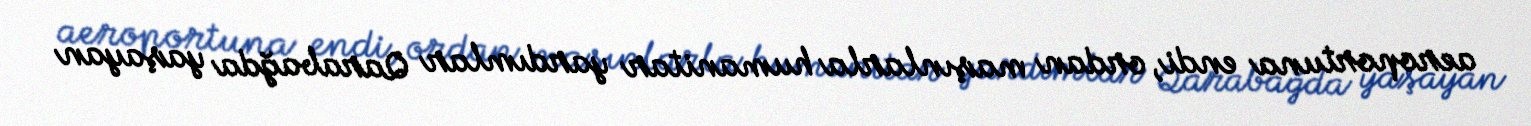
aeroportuna endi, ordan maşınlarla humanitar yardımlar Qarabağda yaşayan